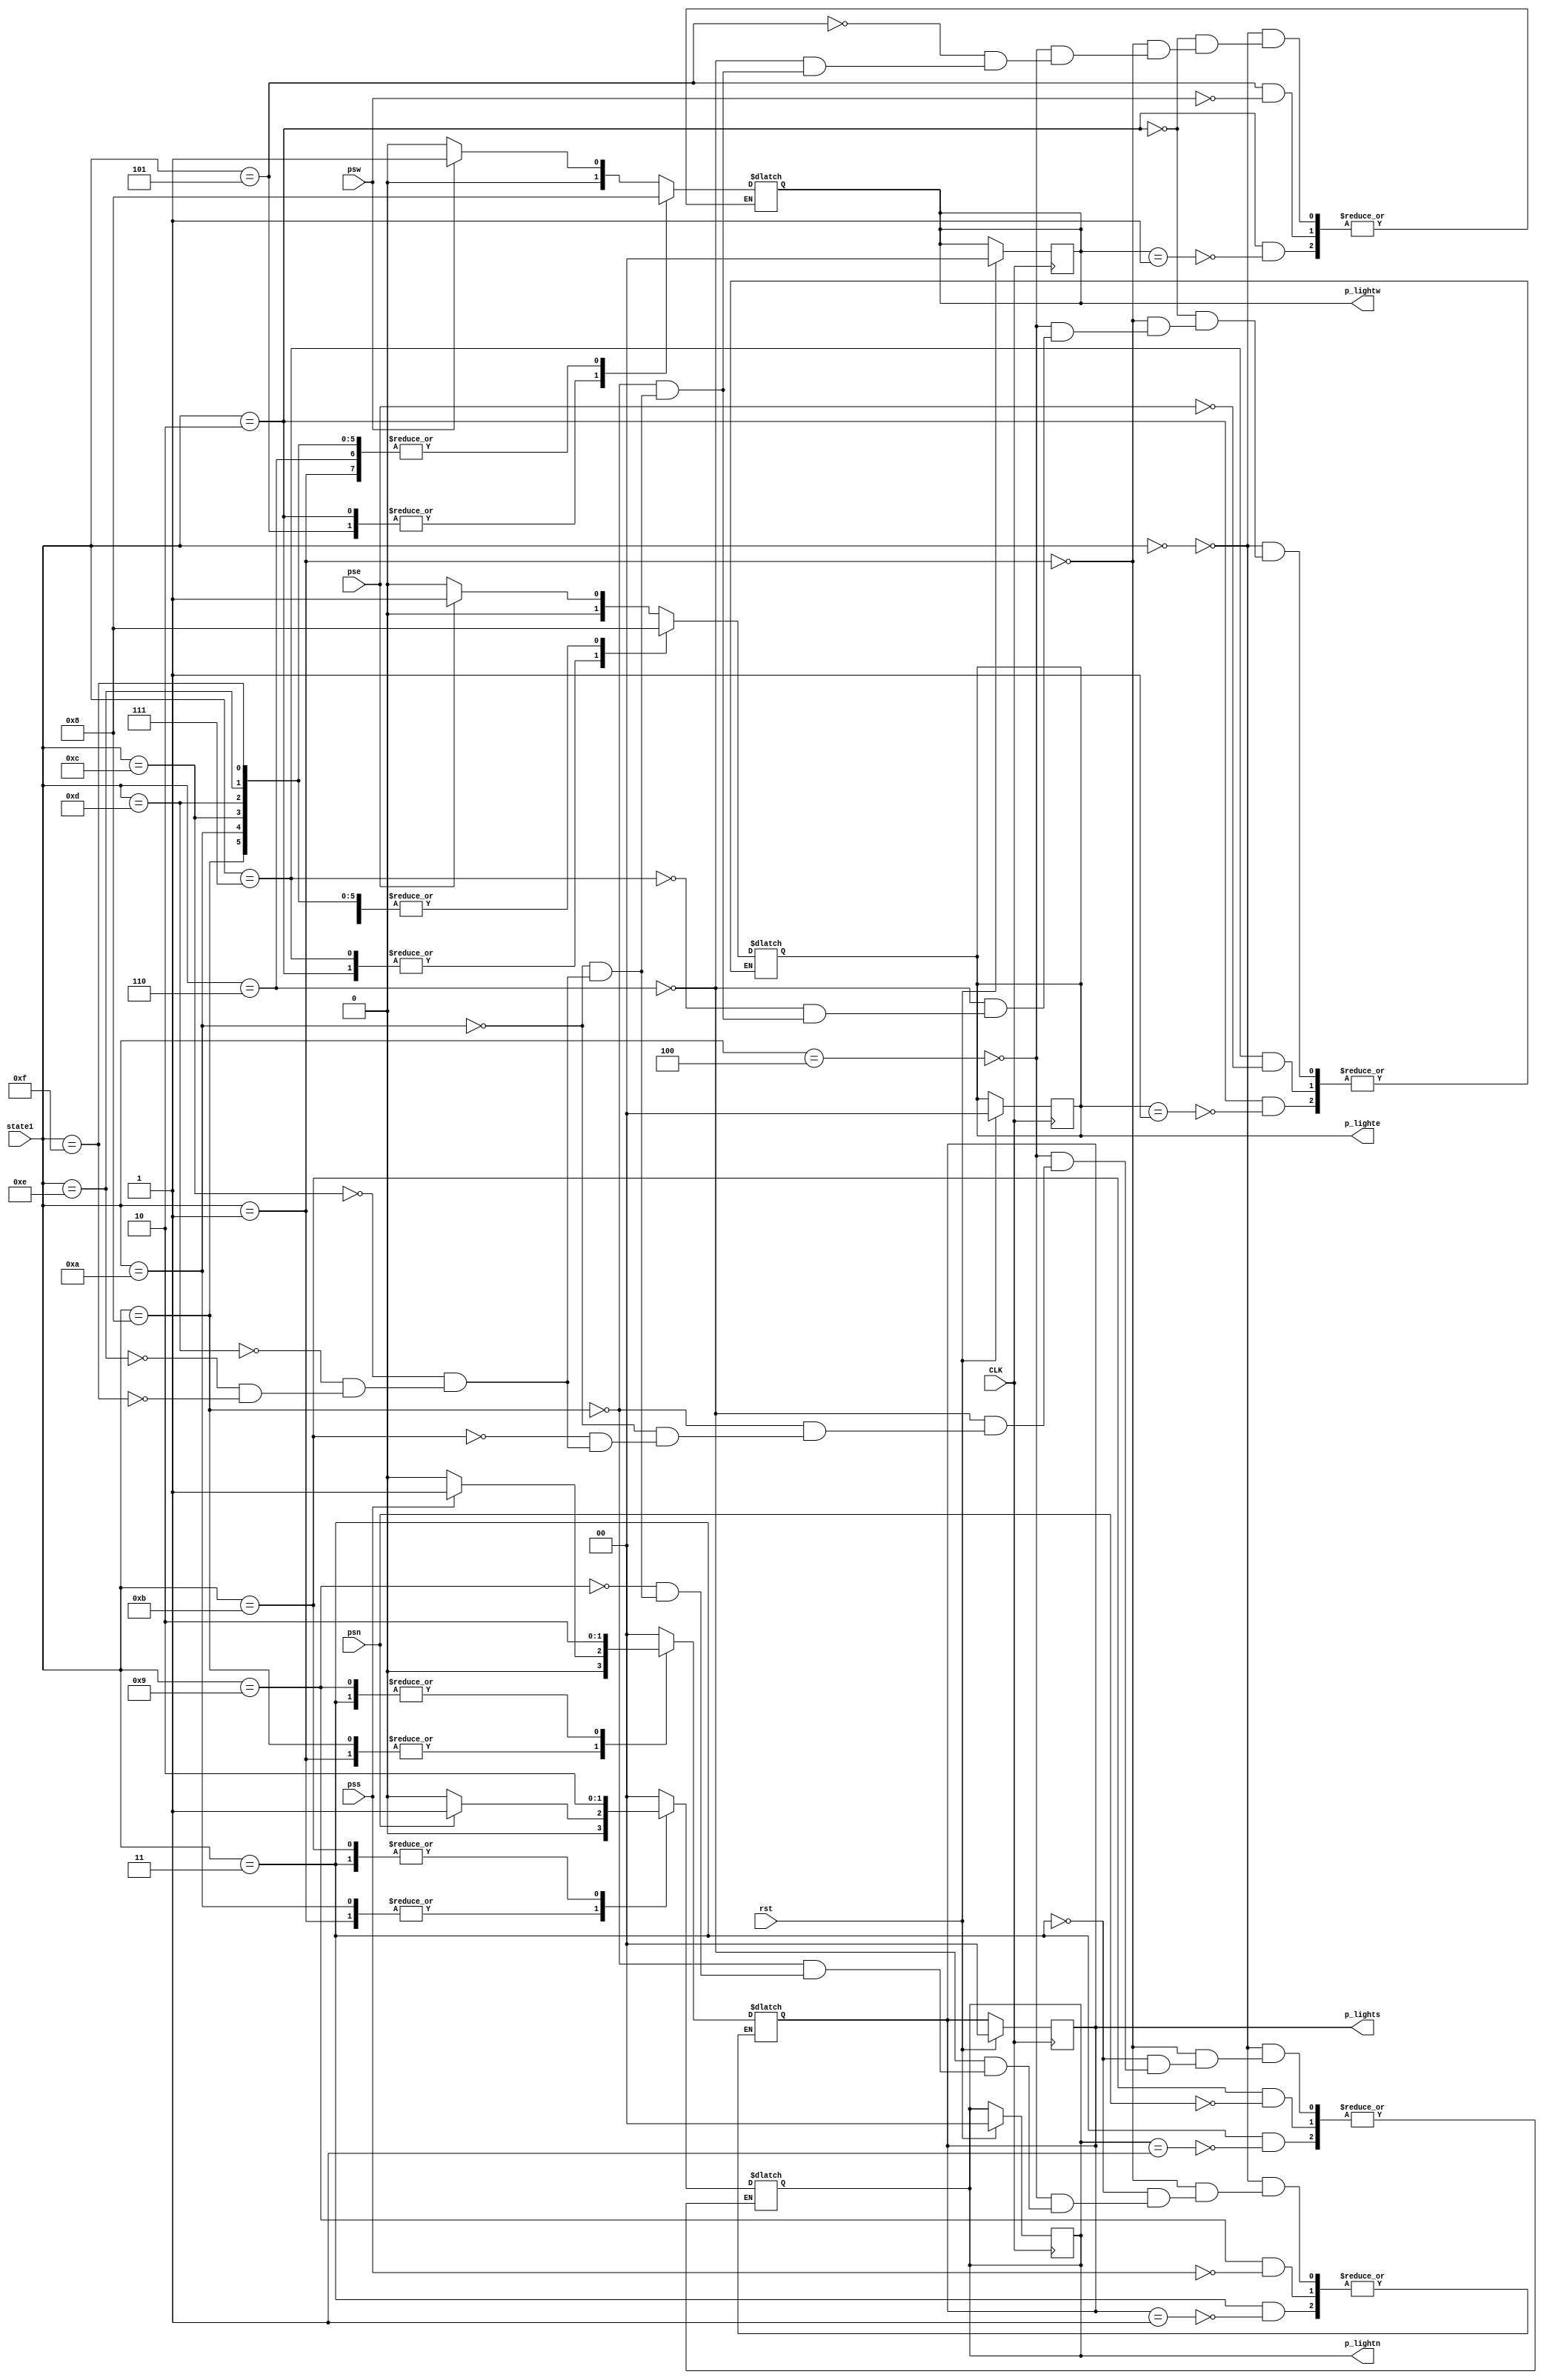
`timescale 1ns / 1ps
//////////////////////////////////////////////////////////////////////////////////
// Company: 
// Engineer: 
// 
// Design Name: 
// Module Name: pedestrian_crossing
// Project Name: 
// Target Devices: 
// Tool Versions: 
// Description: 
// 
// Dependencies: 
// 
// Revision:
// Revision 0.01 - File Created
// Additional Comments:
// 
//////////////////////////////////////////////////////////////////////////////////


module pedestrian_crossing(input rst, CLK,  pss, psn, pse, psw,
input [4:0] state1,
output reg [1:0] p_lights, p_lightn, p_lightw, p_lighte);
parameter [4:0] n_s = 5'b00000; //north and south light
parameter [4:0] e_w = 5'b00001; // east and west light
parameter [4:0] n_s_y = 5'b00010;//north and south yellow light
parameter [4:0] e_w_y = 5'b00011;//east and west yellow light
parameter [4:0] n_nl = 5'b00100;//north and north left
parameter [4:0] n_nl_y = 5'b00101;//north and north left yellow
parameter [4:0] s_sl = 5'b00110;//south and south left
parameter [4:0] s_sl_y = 5'b00111;//south and south left yellow
parameter [4:0] w_wl = 5'b01000;//west and west left
parameter [4:0] w_wl_y = 5'b01001;//west and west left yellow
parameter [4:0] e_el = 5'b01010;//east and east left
parameter [4:0] e_el_y = 5'b01011;//east and east left yellow
parameter [4:0] sl_nl = 5'b01100;//south left and north left
parameter [4:0] sl_nl_y = 5'b01101;//south left and north left yellow
parameter [4:0] el_wl = 5'b01110;//east left and west left
parameter [4:0] el_wl_y = 5'b01111;//east left and west left yellow
parameter [1:0] off = 2'b00;//pedlight off
parameter [1:0] walking_man = 2'b01; //pedlight displays walking man
parameter [1:0] red_hand = 2'b10; //pedlight displays red hand
always @ (posedge CLK) begin
if(rst == 1'b1)begin
p_lights <= off;
p_lightn <= off;
p_lightw <= off;
p_lighte <= off;
end
end

always @(state1)begin //split it up into two always blocks so there would not be an offset of 1 clock cycle
case(state1) 
/*
In each green-state, the p_lights pedestrains can't cross are set to off. Then if the pedestrian sensor detects a pedestrain
then the p_light in the corresponding direction turns to walking man. If it doesn't detect a pedestrian, then that p_light
is set to off.
*/
n_s:begin
p_lightn<= off;
p_lights<= off;
if(psw == 1'b1) 
p_lightw <= walking_man;
else
p_lightw <= off;
if(pse == 1'b1) 
p_lighte <= walking_man;
else 
p_lighte <= off;
end

/*
In each yellow state, the case detects if the p_light(s) the pedestrians can cross is set to walking man. 
If so, then that p_light is set to red_hand.
*/
n_s_y:begin
if(p_lightw == walking_man)
p_lightw <= red_hand;
if(p_lighte == walking_man)
p_lighte <= red_hand;
end

e_w:begin
p_lightw <= off;
p_lighte <= off;
if(psn == 1'b1) 
p_lightn <= walking_man;
else
p_lightn <= off;
if(pss == 1'b1)  
p_lights <= walking_man;
else
p_lights <= off;
end

e_w_y: begin
if(p_lightn == walking_man)
p_lightn <= red_hand;
if(p_lights == walking_man)
p_lights <= red_hand;
end

n_nl:begin
p_lightn<= off;
p_lights<= off;
p_lighte<= off;
if(psw == 1'b1) 
p_lightw <= walking_man;
else
p_lightw <= off;
end

n_nl_y:begin
if(psw == 1'b1) 
p_lightw <= red_hand;
end

s_sl:begin
p_lightw<= off;
p_lights<= off;
p_lightn<= off;
if(pse == 1'b1) 
p_lighte <= walking_man;
else
p_lighte <= off;
end

s_sl_y:begin
if(pse == 1'b1) 
p_lighte <= red_hand;
end

w_wl:begin
p_lightw<= off;
p_lightn<= off;
p_lighte<= off;
if(pss == 1'b1) 
p_lights <= walking_man;
else
p_lights <= off;
end

w_wl_y:begin
if(pss == 1'b1) 
p_lights <= red_hand;
end

e_el:begin
p_lightw<= off;
p_lights<= off;
p_lighte<= off;
if(psn == 1'b1) 
p_lightn <= walking_man;
else
p_lightn <= off;
end

e_el_y:begin
if(psn == 1'b1) 
p_lightn <= red_hand;
end

/*
In the rest of these state, it is impossible for pedestrians to cross, so all p_lights are off
*/
sl_nl:begin
p_lightn<= off;
p_lights<= off;
p_lighte<= off;
p_lightw<= off;
end

sl_nl_y:begin
p_lightn<= off;
p_lights<= off;
p_lighte<= off;
p_lightw<= off;
end

el_wl:begin
p_lightn<= off;
p_lights<= off;
p_lighte<= off;
p_lightw<= off;
end

el_wl_y:begin
p_lightn<= off;
p_lights<= off;
p_lighte<= off;
p_lightw<= off;
end
endcase
end
endmodule